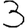
Digit: 3